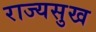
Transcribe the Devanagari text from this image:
राज्यसुख